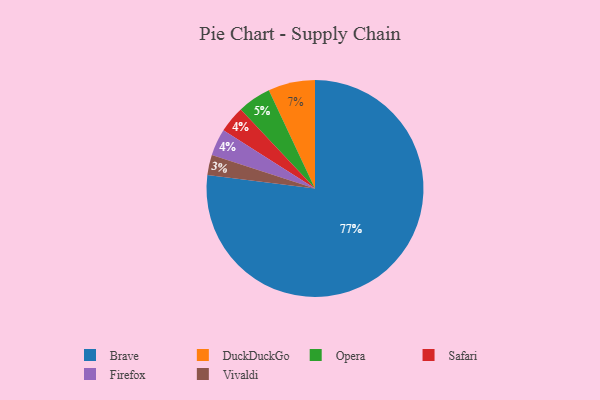
{"axis": {"x": "Category", "y": "Percentage"}, "legend": ["Brave", "DuckDuckGo", "Firefox", "Opera", "Safari", "Vivaldi"], "data": [{"x": "DuckDuckGo", "y": 7, "type": "DuckDuckGo"}, {"x": "Vivaldi", "y": 3, "type": "Vivaldi"}, {"x": "Safari", "y": 4, "type": "Safari"}, {"x": "Firefox", "y": 4, "type": "Firefox"}, {"x": "Opera", "y": 5, "type": "Opera"}, {"x": "Brave", "y": 77, "type": "Brave"}]}